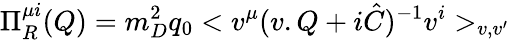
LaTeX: \Pi_{R}^{\mu i}(Q)=m_{D}^{2}q_{0}<v^{\mu}(v.Q+i\hat{C})^{-1}v^{i}>_{v,v^{\prime}}